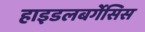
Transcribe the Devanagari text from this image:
हाइडलबर्गेसिस